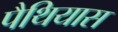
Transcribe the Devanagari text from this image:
पैथियास